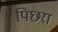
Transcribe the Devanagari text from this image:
पिछरा